Vaccination in the Punjab 1897-1904 - 1897-1904
Year: 1897
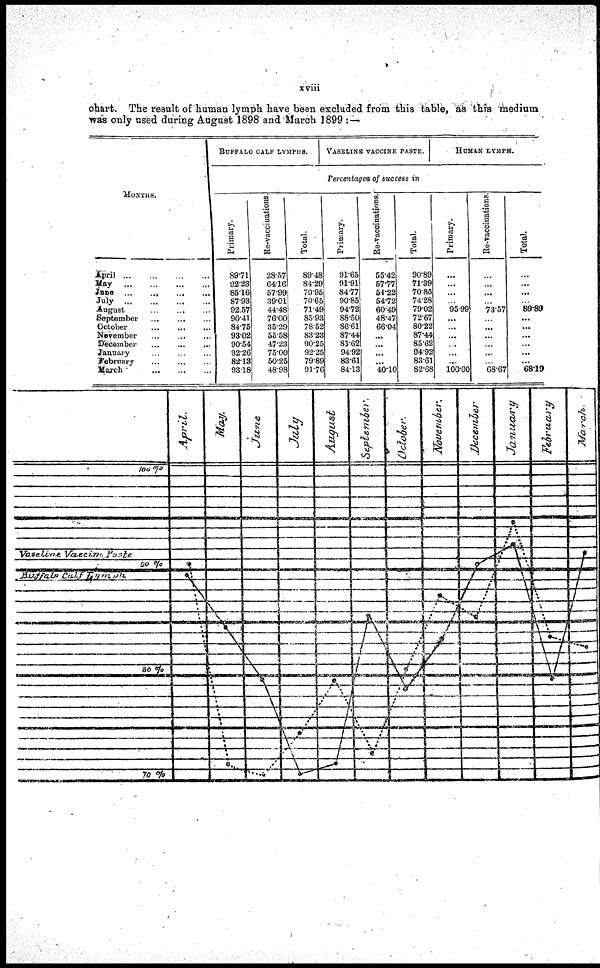
xviii
chart. The result of human lymph have been excluded from this table, as this medium
was only used during August 1898 and March 1899 : —
MONTHS.
April ... ... ... ... ...
May ... ... ... ...
June
...
...
...
...
July
...
...
...
...
August
...
...
...
...
September
...
...
...
October ... ... ...
November
...
...
...
December
...
...
...
January ... ... ...
February ... ... ...
March
...
...
...
BUFFALO CALF LYMPHS.
VASELINE VACCINE PASTE.
HUMAN LYMPH.
Percentages of success in
Primary.
89.71
92.23
85.16
87.93
92.57
90.41
84.75
93.02
90.54
92.26
82.13
93.18
Re-vaccinations.
28.57
64.16
57.99
39.01
44.48
76.00
35.29
55.58
47.23
75.00
50.25
48.98
Total.
89.48
84.29
79.95
70.65
71.49
85.93
78.52
83.23
90.25
92.25
79.88
91.76
Primary.
91.65
91.91
84.77
90.85
94.72
88.50
86.61
87.44
85.62
94.92
83.61
84.13
Re-vaccinations.
55.42
57.77
54.22
54.72
60.49
48.47
66.04
...
...
...
...
40.10
Total.
90.89
71.39
70.85
74.28
79.02
72.67
80.22
87.44
85.62
94.92
83.61
82.68
Primary.
...
...
...
...
95.99
...
...
...
...
...
...
100.00
Re-vaccinations.
...
...
...
...
73.57
...
...
...
...
...
...
68.67
Total.
...
...
...
...
89.89
...
...
...
...
...
...
68.19